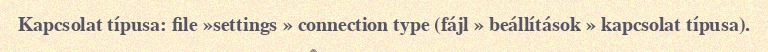
Kapcsolat típusa: file »settings » connection type (fájl » beállítások » kapcsolat típusa).